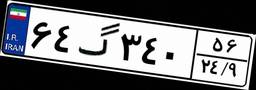
۶۴گ۳۴۰۵۶